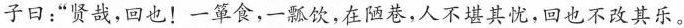
子曰：”贤哉，回也！一箪食，一瓢饮，在陋巷，人不堪其忧，回也不改其乐。